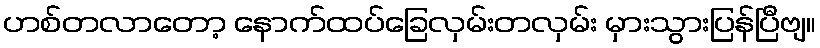
ဟစ်တလာတော့ နောက်ထပ်ခြေလှမ်းတလှမ်း မှားသွားပြန်ပြီဗျ။